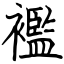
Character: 襤